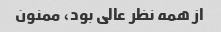
از همه نظر عالی بود، ممنون